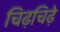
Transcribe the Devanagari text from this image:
चिढ़चिढ़े